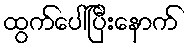
ထွက်ပေါ်ပြီးနောက်